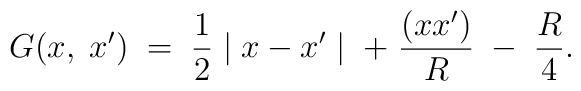
G(x,\; x')\;=\;\frac{1}{2}\mid x - x' \mid \;+\;{(xx')\over R}\;-\;{R \over 4}.